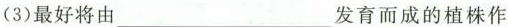
(3)最好将由___发育而成的植株作